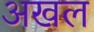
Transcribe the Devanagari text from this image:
अखल